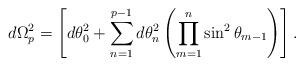
LaTeX: \begin{align*}d\Omega_{p}^{2}= \left[d\theta_{0}^{2}+\sum_{n=1}^{p-1}d\theta_{n}^{2}\left(\prod_{m=1}^{n}\sin^{2}\theta_{m-1}\right)\right]. \end{align*}